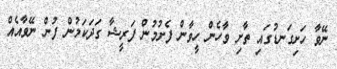
ނޭވާ ހަށިގަނޑުގައި ތާށި ވާހެން ހީވާން ފެށުމުން ފަރީޝާ ގަދަކަމުން ފުން ނޭވާއެއް